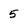
Character: 5